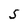
Character: 5